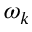
\omega _ { k }